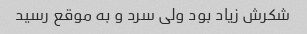
شکرش زیاد بود ولی سرد و به موقع رسید